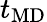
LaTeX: t_{\mathrm{MD}}